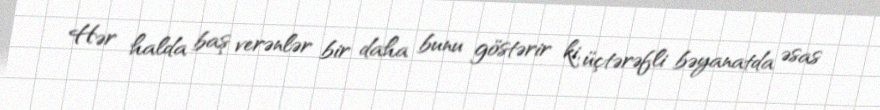
Hər halda baş verənlər bir daha bunu göstərir ki, üçtərəfli bəyanatda əsas